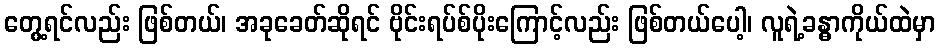
တွေ့ရင်လည်း ဖြစ်တယ်၊ အခုခေတ်ဆိုရင် ဗိုင်းရပ်စ်ပိုးကြောင့်လည်း ဖြစ်တယ်ပေါ့၊ လူရဲ့ခန္ဓာကိုယ်ထဲမှာ